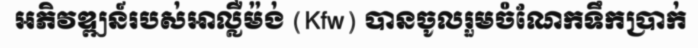
អភិវឌ្ឍន៍របស់អាល្លឺម៉ង់ (Kfw) បានចូលរួមចំណែកទឹកប្រាក់